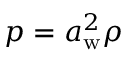
p = a _ { \mathrm { w } } ^ { 2 } \rho